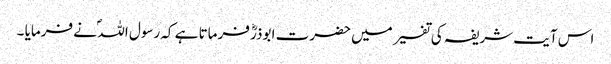
اس آیت شریفہ کی تفسیر میں حضرت ابوذرؓ فرماتا ہے کہ رسول اللہ ؐ نے فرمایا ۔